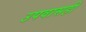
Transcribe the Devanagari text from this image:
उपवासही